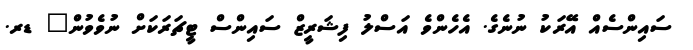
ސައިންސެއް އޭރަކު ނުނެގެ. އެހެންވެ އަސްލު ފިޝަރީޒް ސައިންސް ޓީޗަރަކަށް ނުވެވުން" ޑރ.